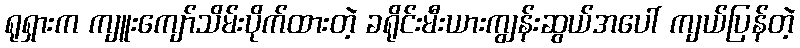
ရုရှားက ကျူးကျော်သိမ်းပိုက်ထားတဲ့ ခရိုင်းမီးယားကျွန်းဆွယ်အပေါ် ကျယ်ပြန်တဲ့